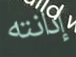
إدانته